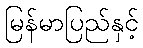
မြန်မာပြည်နှင့်